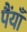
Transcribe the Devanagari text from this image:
पैंयाँ